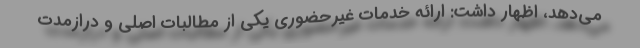
می‌دهد، اظهار داشت: ارائه خدمات غیرحضوری یکی از مطالبات اصلی و درازمدت